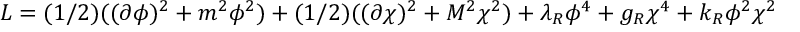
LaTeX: L = ( 1 / 2 ) ( ( \partial \phi ) ^ { 2 } + m ^ { 2 } \phi ^ { 2 } ) + ( 1 / 2 ) ( ( \partial \chi ) ^ { 2 } + M ^ { 2 } \chi ^ { 2 } ) + \lambda _ { R } \phi ^ { 4 } + g _ { R } \chi ^ { 4 } + k _ { R } \phi ^ { 2 } \chi ^ { 2 }